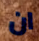
ان